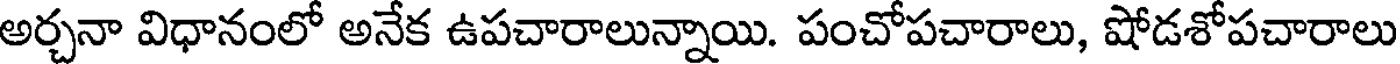
అర్చనా విధానంలో అనేక ఉపచారాలున్నాయి. పంచోపచారాలు, షోడశోపచారాలు